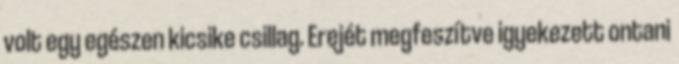
volt egy egészen kicsike csillag. Erejét megfeszítve igyekezett ontani